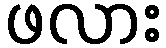
ဖလား